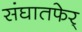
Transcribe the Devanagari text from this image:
संघातफेर्